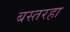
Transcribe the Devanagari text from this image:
बस्तरहा